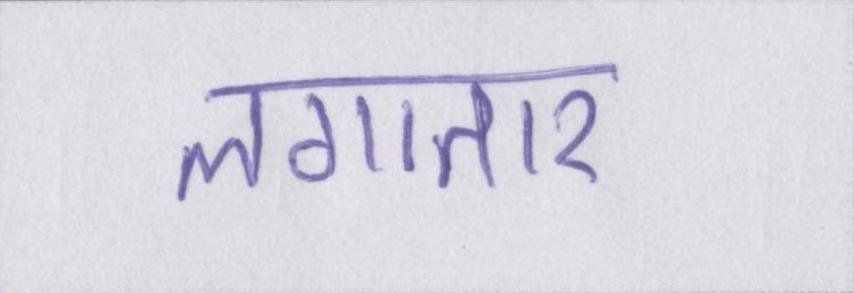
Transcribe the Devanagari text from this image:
लगातार